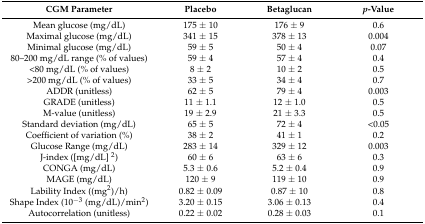
<table><thead><tr><td><b>CGM Parameter</b></td><td><b>Placebo</b></td><td><b>Betaglucan</b></td><td><b><i>p</i>-Value</b></td></tr></thead><tbody><tr><td>Mean glucose (mg/dL)</td><td>175 ± 10</td><td>176 ± 9</td><td>0.6</td></tr><tr><td>Maximal glucose (mg/dL)</td><td>341 ± 15</td><td>378 ± 13</td><td>0.004</td></tr><tr><td>Minimal glucose (mg/dL)</td><td>59 ± 5</td><td>50 ± 4</td><td>0.07</td></tr><tr><td>80–200 mg/dL range (% of values)</td><td>59 ± 4</td><td>57 ± 4</td><td>0.4</td></tr><tr><td>&lt;80 mg/dL (% of values)</td><td>8 ± 2</td><td>10 ± 2</td><td>0.5</td></tr><tr><td>&gt;200 mg/dL (% of values)</td><td>33 ± 5</td><td>34 ± 4</td><td>0.7</td></tr><tr><td>ADDR (unitless)</td><td>62 ± 5</td><td>79 ± 4</td><td>0.003</td></tr><tr><td>GRADE (unitless)</td><td>11 ± 1.1</td><td>12 ± 1.0</td><td>0.5</td></tr><tr><td>M-value (unitless)</td><td>19 ± 2.9</td><td>21 ± 3.3</td><td>0.5</td></tr><tr><td>Standard deviation (mg/dL)</td><td>65 ± 5</td><td>72 ± 4</td><td>&lt;0.05</td></tr><tr><td>Coefficient of variation (%)</td><td>38 ± 2</td><td>41 ± 1</td><td>0.2</td></tr><tr><td>Glucose Range (mg/dL)</td><td>283 ± 14</td><td>329 ± 12</td><td>0.003</td></tr><tr><td>J-index ([mg/dL] <sup>2</sup>)</td><td>60 ± 6</td><td>63 ± 6</td><td>0.3</td></tr><tr><td>CONGA (mg/dL)</td><td>5.3 ± 0.6</td><td>5.2 ± 0.4</td><td>0.9</td></tr><tr><td>MAGE (mg/dL)</td><td>120 ± 9</td><td>119 ± 10</td><td>0.9</td></tr><tr><td>Lability Index ((mg<sup>2</sup>)/h)</td><td>0.82 ± 0.09</td><td>0.87 ± 10</td><td>0.8</td></tr><tr><td>Shape Index (10<sup>−3</sup> (mg/dL)/min<sup>2</sup>) </td><td>3.20 ± 0.15</td><td>3.06 ± 0.13</td><td>0.4</td></tr><tr><td>Autocorrelation (unitless)</td><td>0.22 ± 0.02</td><td>0.28 ± 0.03</td><td>0.1</td></tr></tbody></table>